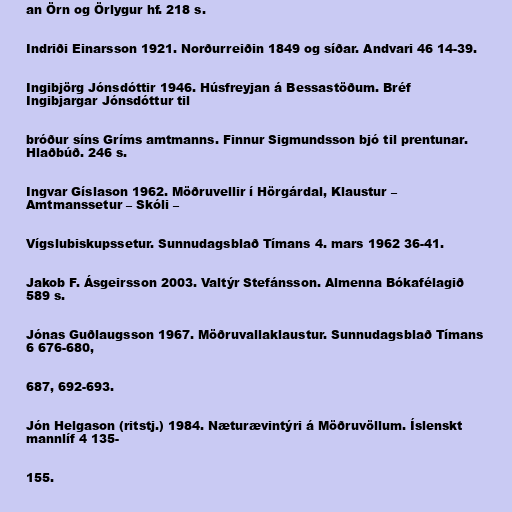
an Örn og Örlygur hf. 218 s.

Indriði Einarsson 1921. Norðurreiðin 1849 og síðar. Andvari 46 14-39.

Ingibjörg Jónsdóttir 1946. Húsfreyjan á Bessastöðum. Bréf
Ingibjargar Jónsdóttur til

bróður síns Gríms amtmanns. Finnur Sigmundsson bjó til prentunar.
Hlaðbúð. 246 s.

Ingvar Gíslason 1962. Möðruvellir í Hörgárdal, Klaustur –
Amtmanssetur – Skóli –

Vígslubiskupssetur. Sunnudagsblað Tímans 4. mars 1962 36-41.

Jakob F. Ásgeirsson 2003. Valtýr Stefánsson. Almenna Bókafélagið
589 s.

Jónas Guðlaugsson 1967. Möðruvallaklaustur. Sunnudagsblað Tímans
6 676-680,

687, 692-693.

Jón Helgason (ritstj.) 1984. Næturævintýri á Möðruvöllum. Íslenskt
mannlíf 4 135-

155.